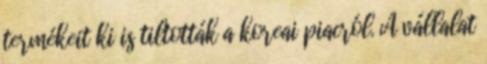
termékeit ki is tiltották a koreai piacról. A vállalat